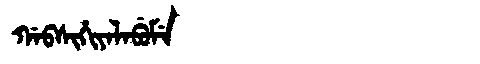
Manchu: ᡤᠠᠪᠰᡳᡥᡳᠶᠠᠯᠠᠪᡠᠮᡝ
Romanization: GABSIHIYALABUME